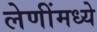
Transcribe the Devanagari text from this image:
लेणींमध्ये